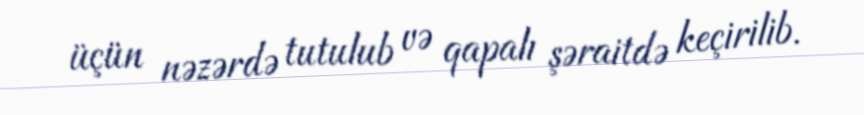
üçün nəzərdə tutulub və qapalı şəraitdə keçirilib.